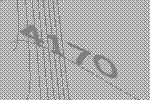
4170